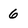
Character: 6